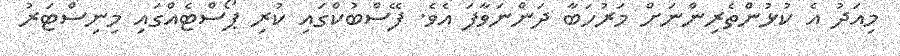
މިއަދު އެ ކުޅުންތެރިންނަށް މަރުހަބާ ދަންނަވާފަ އެވެ. ފޭސްބުކްގައި ކުރި ޕޯސްޓެއްގައި މިނިސްޓަރު